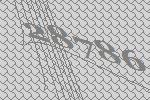
28786